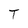
Character: T